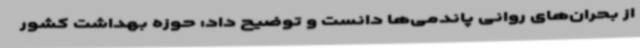
از بحران‌های روانی پاندمی‌ها دانست و توضیح داد: حوزه بهداشت کشور